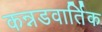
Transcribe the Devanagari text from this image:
कन्नडवार्तिक